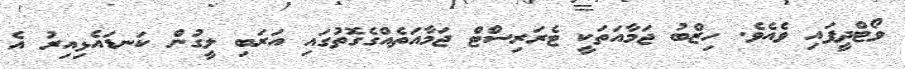
ވޯޓްދީފައި ވެއެވެ. ހިޒްބު ޖަމާއަތަކީ ޓެރަރިސްޓް ޖަމާއަތެއްގެގޮތުގައި އަރަބި ލީގުން ކަނޑައެޅިއިރު އެ